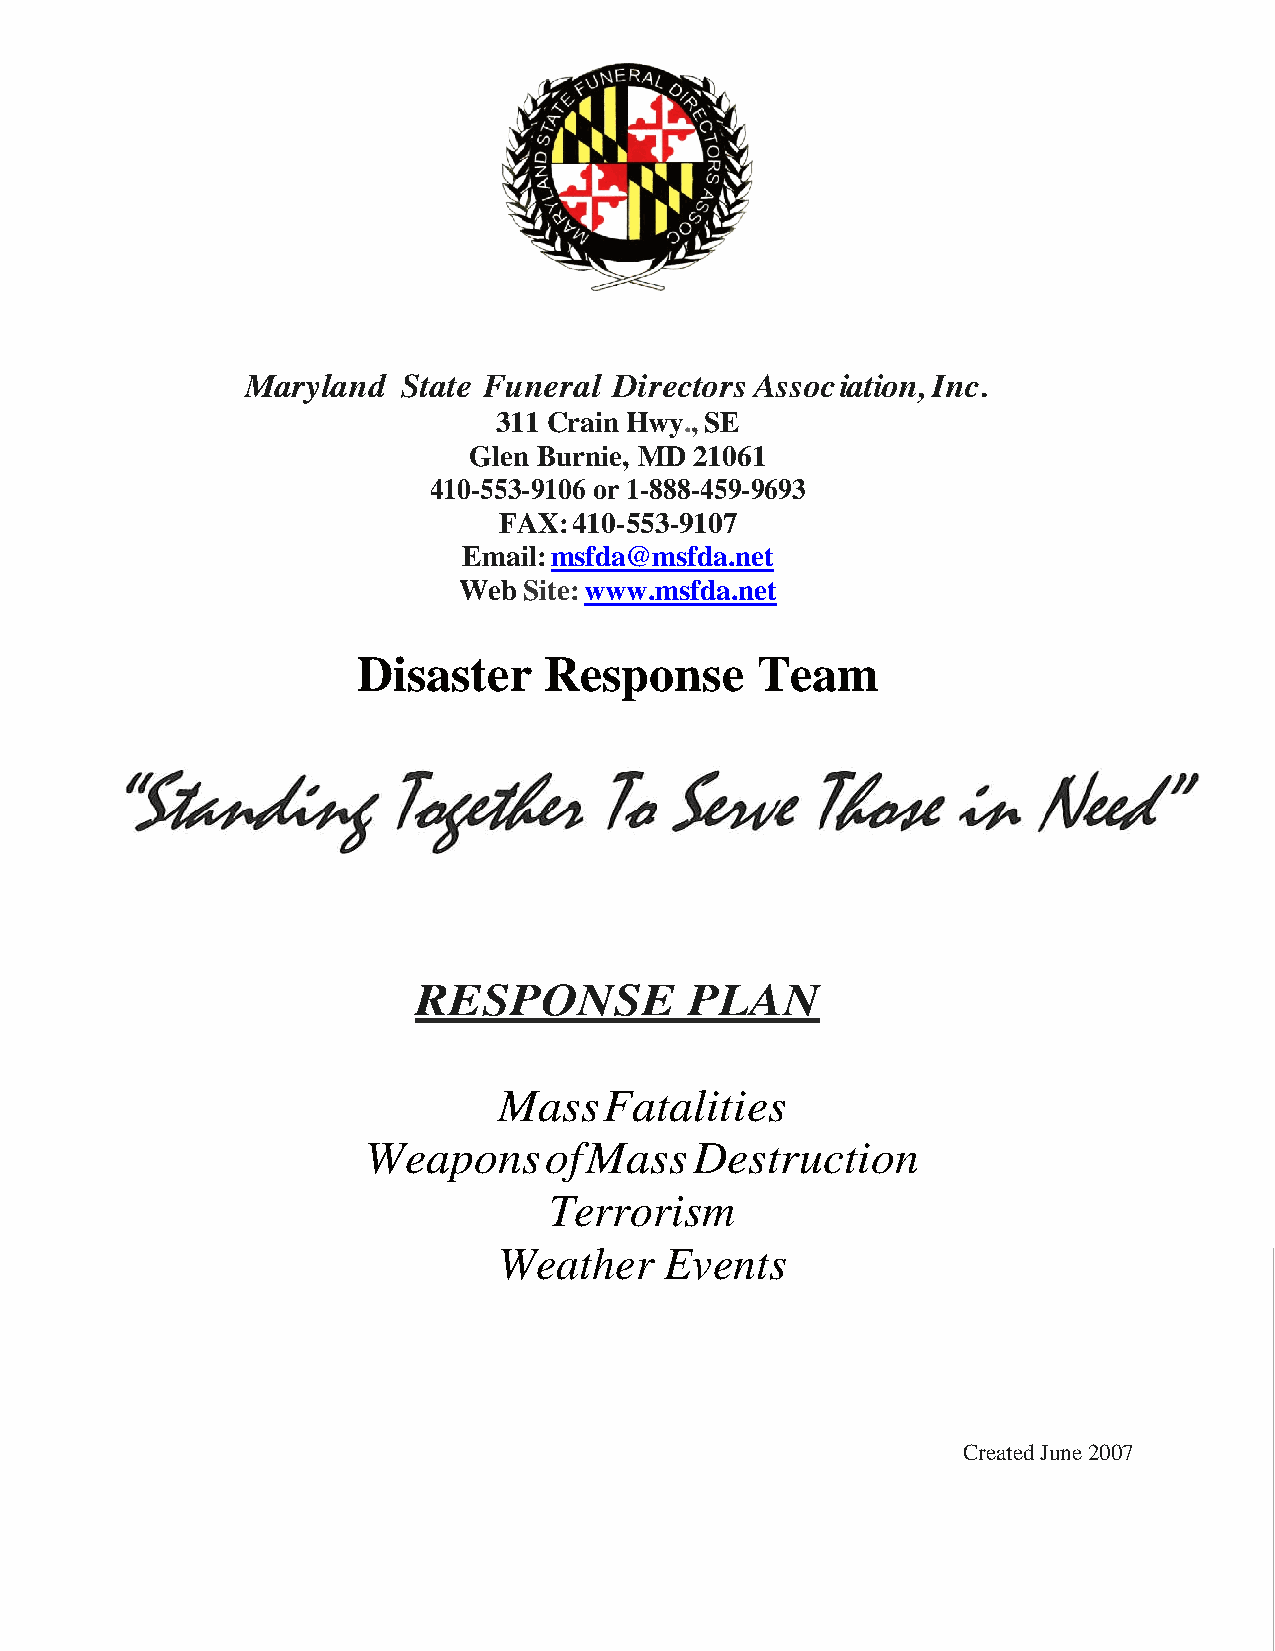
Maryland   State Funeral Directors Association, Inc.
 311 Crain Hwy., SE
 Glen Burnie, MD 21061
 410-553-9106 or 1-888-459-9693
 FAX: 410-553-9107
 Email: msfda@msfda.net
 Web  Site: www.msfda.net
 Disaster    Response      Team
 RESPONSE           PLAN
 Mass   Fatalities
 Weapons     of Mass   Destruction
 Terrorism
 Weather    Events
 Created June 2007